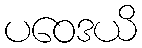
ပဝေဒယိ